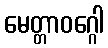
မေတ္တာဝဂ္ဂေါ